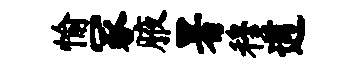
愉冢腋署穆遒